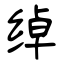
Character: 绰